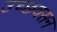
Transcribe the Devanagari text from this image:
उच्छवसन